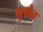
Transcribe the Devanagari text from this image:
भुश्चेव